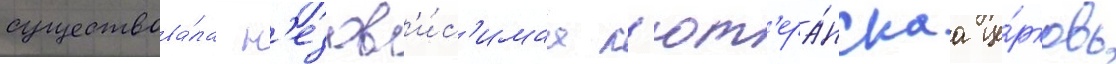
существова́ла н'езав'и́с'имаа л'ют'ера́нскаа це́рковь